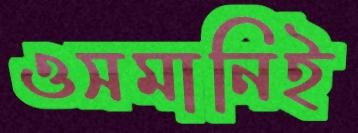
ওসমানিই